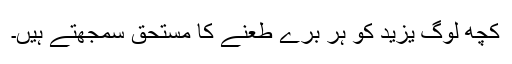
کچھ لوگ یزید کو ہر برے طعنے کا مستحق سمجھتے ہیں۔